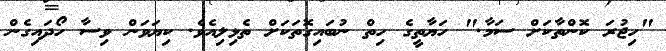
"ހިޖުރަ ކޮންތާކަށް ސަމާ." ހަޔާތީގެ ހިތް ނުބައިގޮތަކަށް ތެޅިލިއެވެ. ކިޔަވަން ވިސާ ހޯދައިގެން